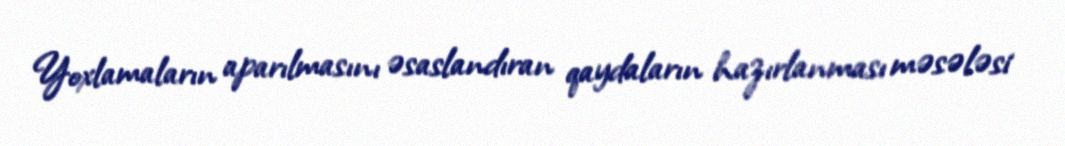
Yoxlamaların aparılmasını əsaslandıran qaydaların hazırlanması məsələsi